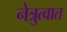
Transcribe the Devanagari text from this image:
नेत्रुत्वात